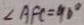
\angle A F C = 9 0 ^ { \circ }